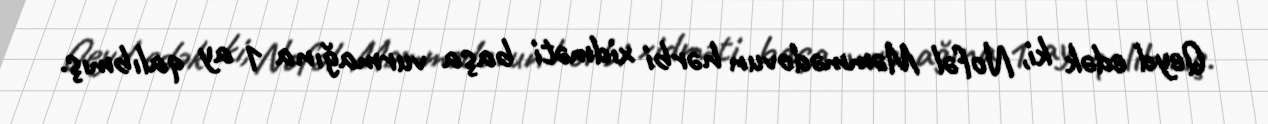
Qeyd edək ki, Nofəl Məmmədovun hərbi xidməti başa vurmağına 1 ay qalıbmış.